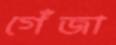
গেঁজা